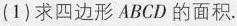
(1)求四边形ABCD的面积。